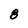
Character: 8